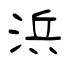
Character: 浜